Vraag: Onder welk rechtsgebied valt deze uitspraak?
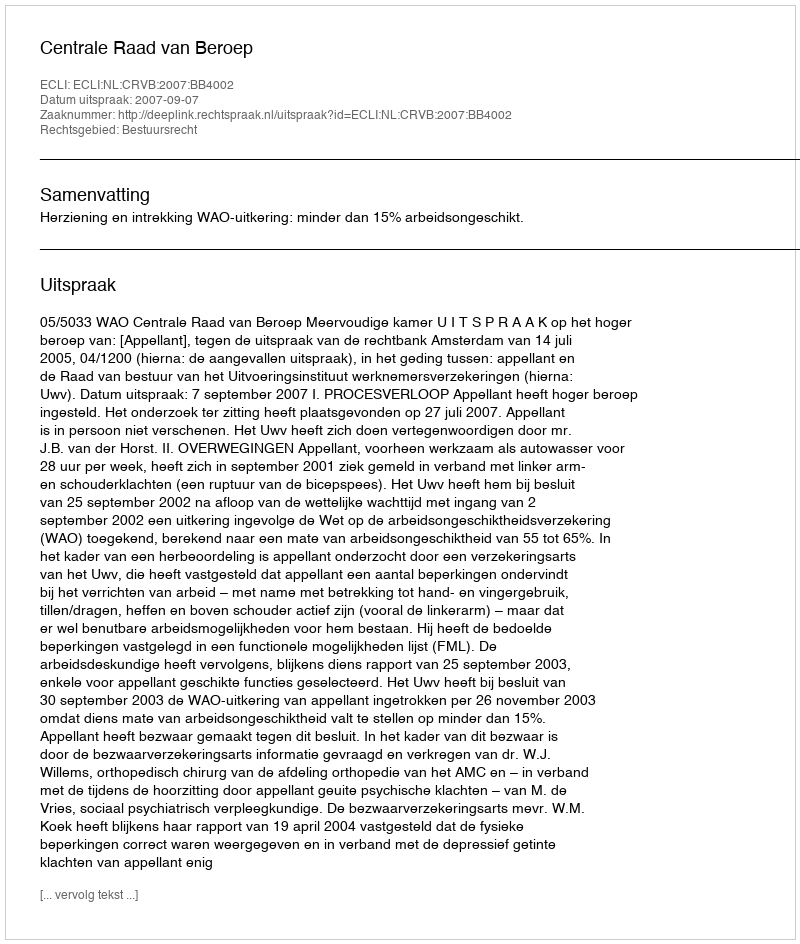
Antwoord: Bestuursrecht